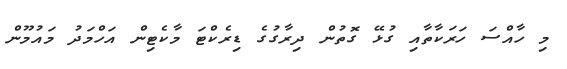
މި ހާއްސަ ހަރަކާތާއި ގުޅޭ ގޮތުން ދިރާގުގެ ޑިރެކްޓަ މާކެޓިން އަހްމަދު މައުމޫން